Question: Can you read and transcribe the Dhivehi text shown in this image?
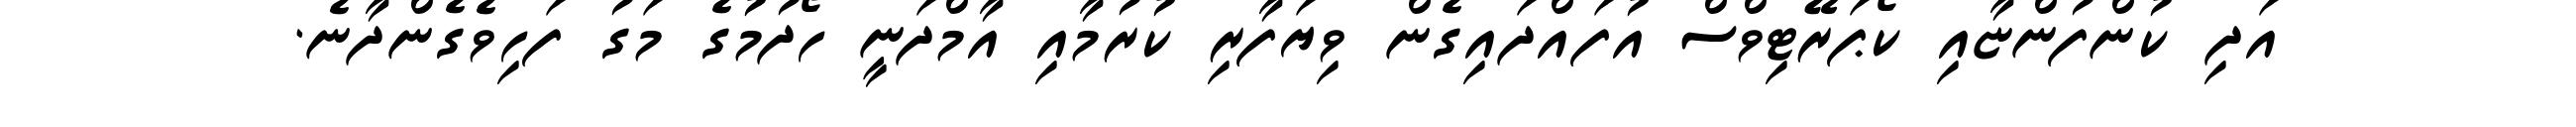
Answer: އަދި ކުންފުންޏާއި ކޯޕަރޭޓިވްސް އުފައްދައިގެން ވިޔަފާރި ކުރުމާއި އާމްދަނީ ހޯދުމުގެ މަގު ފަހިވެގެންދާނެ.